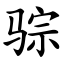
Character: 骔